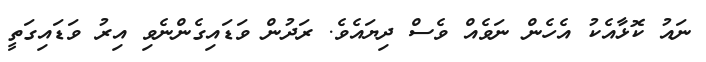
ނައު ކޮޅާއެކު އެހެން ނަވެއް ވެސް ދިޔައެވެ. ރަދުން ވަޑައިގެންނެވި އިރު ވަޑައިގަތީ